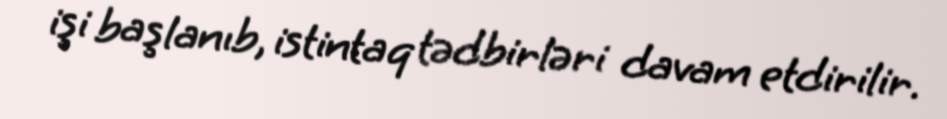
işi başlanıb, istintaq tədbirləri davam etdirilir.